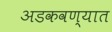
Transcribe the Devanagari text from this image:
अडकवण्यात